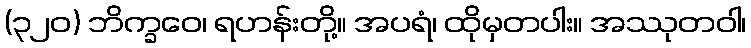
(၃၂၀) ဘိက္ခဝေ၊ ရဟန်းတို့။ အပရံ၊ ထိုမှတပါး။ အဿုတဝါ၊